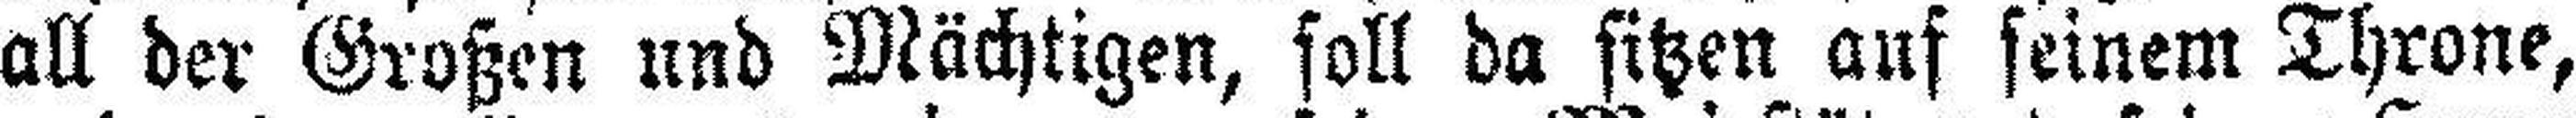
all der Großen und Mächtigen, soll da sitzen auf seinem Throne,